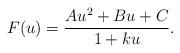
LaTeX: \begin{align*}F(u)=\frac{Au^2+Bu+C}{1+k u} .\end{align*}